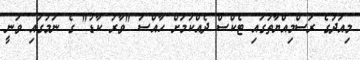
މިއަދުގެ ރަސްމިއްޔާތުގައި ޓެކްސް ދެއްކުމަށް ހާއްސަ "ވާރު ކާޑު" ގެ ނަމުގައި ވަނީ